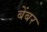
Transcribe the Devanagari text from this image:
बेंबर